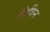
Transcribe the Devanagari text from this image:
विविन